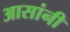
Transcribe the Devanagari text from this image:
आसांनी